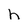
Character: h